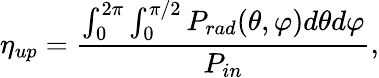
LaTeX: \eta_{up}=\frac{\int_{0}^{2\pi}\int_{0}^{\pi/2}P_{rad}(\theta,\varphi)d\theta d\varphi}{P_{in}},